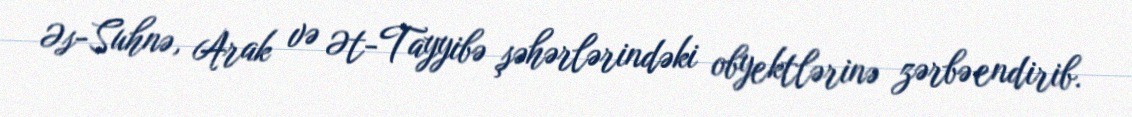
Əs-Suhnə, Arak və Ət-Tayyibə şəhərlərindəki obyektlərinə zərbə endirib.